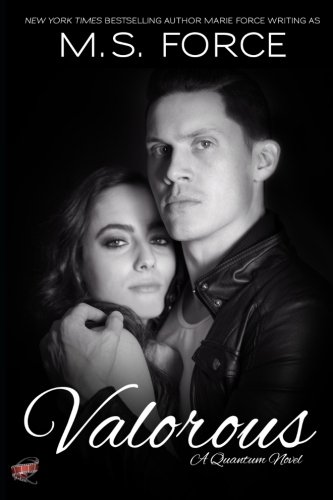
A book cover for Valorous (Quantum Series) (Volume 2); M.S. Force; Romance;